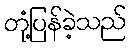
တုံ့ပြန်ခဲ့သည်